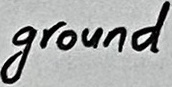
Text: ground